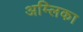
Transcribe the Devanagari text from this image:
अम्लिका